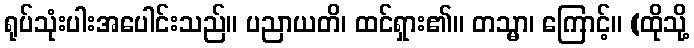
ရုပ်သုံးပါးအပေါင်းသည်။ ပညာယတိ၊ ထင်ရှား၏။ တသ္မာ၊ ကြောင့်။ (ထိုသို့